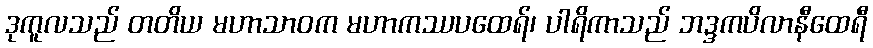
ဒုကူလသည် တတိယ မဟာသာဝက မဟာကဿပထေရ်၊ ပါရိကာသည် ဘဒ္ဒကပိလာနီထေရီ